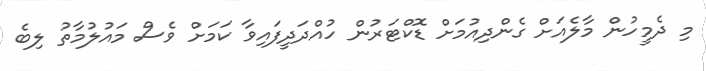
މި ދެމީހުން މާލެއަށް ގެންދިއުމަށް ޑޮކްޓަރުން ހުއްދަދީފައިވާ ކަަމަށް ވެސް މައުލުމާތު ލިބެ